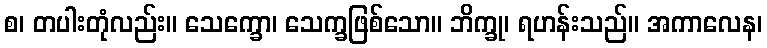
စ၊ တပါးတုံလည်း။ သေက္ခော၊ သေက္ခဖြစ်သော။ ဘိက္ခု၊ ရဟန်းသည်။ အကာလေန၊